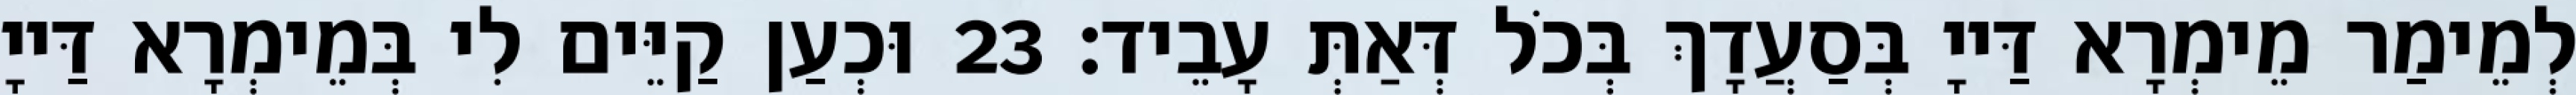
לְמֵימַר מֵימְרָא דַּייָ בְּסַעֲדָךְ בְּכֹל דְּאַתְּ עָבֵיד׃ 23 וּכְעַן קַיֵּים לִי בְּמֵימְרָא דַּייָ